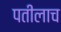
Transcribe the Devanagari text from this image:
पतीलाच